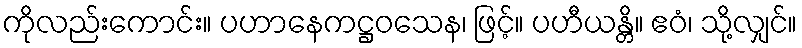
ကိုလည်းကောင်း။ ပဟာနေကဋ္ဌဝသေန၊ ဖြင့်။ ပဟီယန္တိ။ ဧဝံ၊ သို့လျှင်။